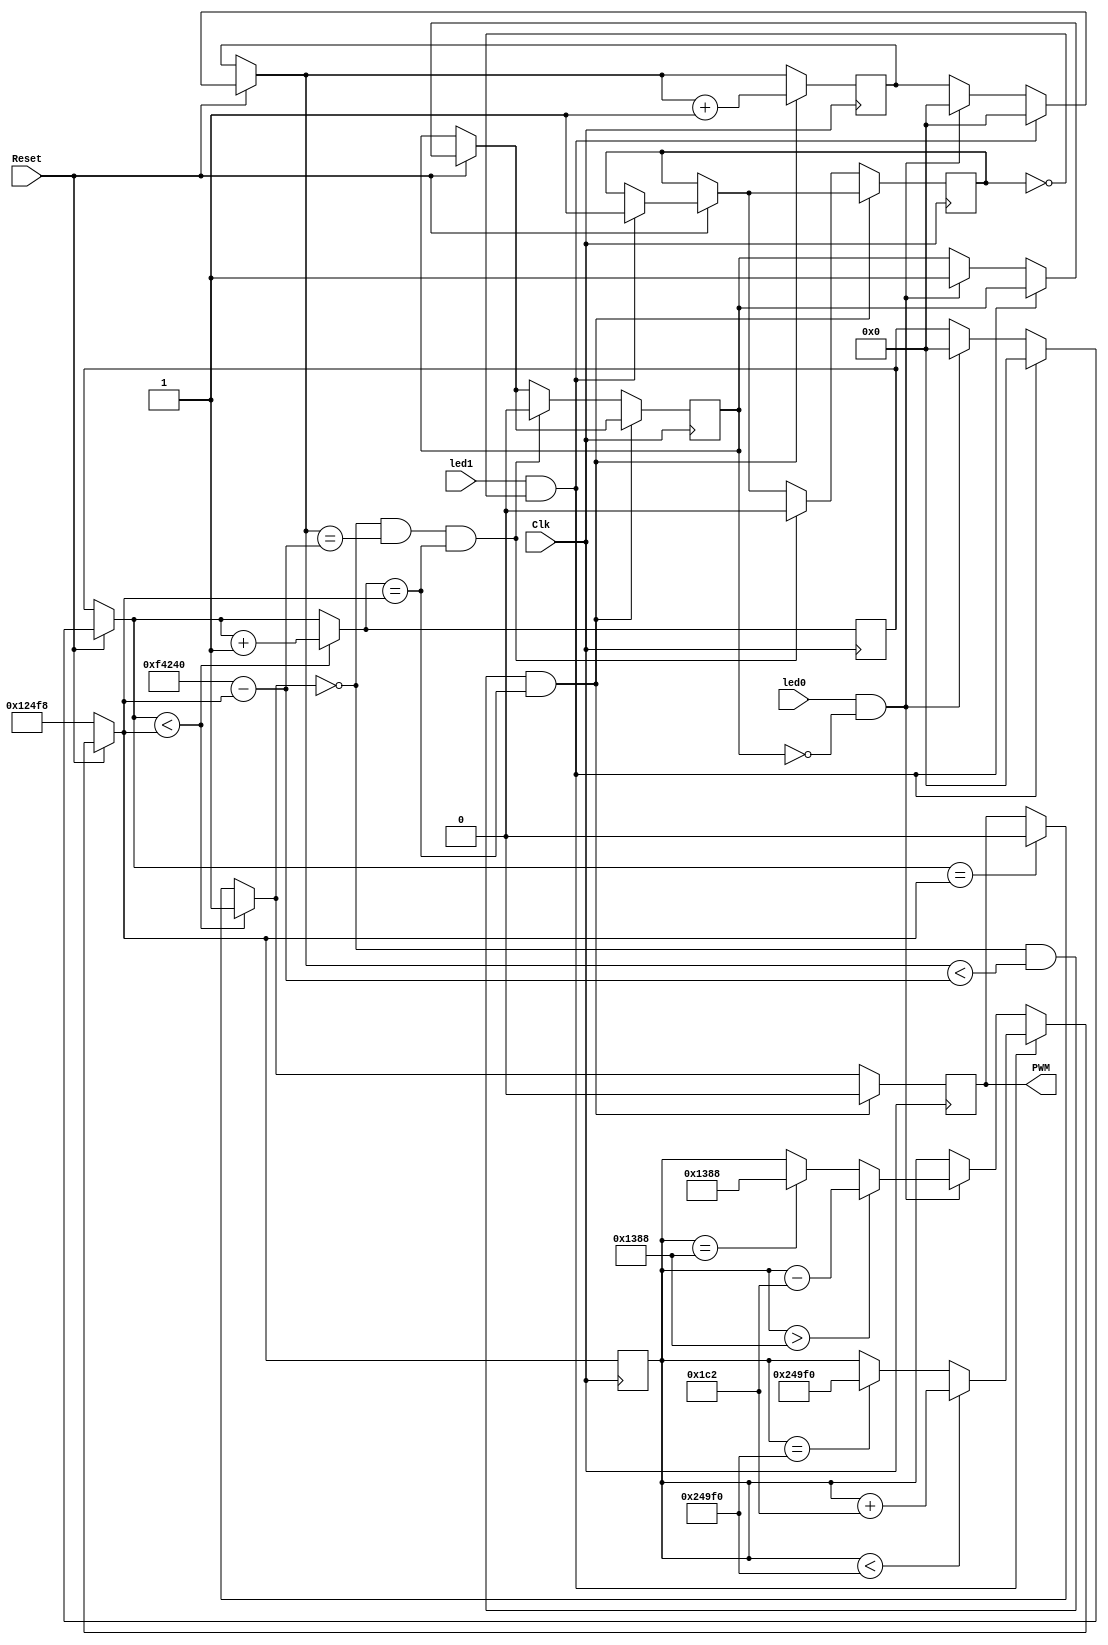
module SolarTracker(Clk,Reset,led0,led1,PWM);
input Clk;	//Clock signal
input Reset;	//Reset signal
input led0;		//Key 2
input led1;		//Key 1
output reg PWM;
reg[20:0] count1=20'd0;		//Dictates ON time
reg[20:0] count2=20'd0;		//Dictates OFF time
reg [20:0] counter1=20'd75000;
reg [20:0]counter2=20'd1000000;	//Corresponds to 20ms (Every 20ms a pulse needs to be applied)
reg detect1=0;
reg detect2=0;
always@(posedge(Clk) )
    begin
        if(Reset==0)
            begin
            counter1=20'd75000;
        end
        
        
            
            else if((led1==1) && detect1 ==0)    //increment
            begin
					count1=0;
					count2=0;
                if(counter1<20'd150000)        //180 degree. 2ms/20ns=100,000
                begin
                counter1=counter1 + 20'd450;        //1800 corresponds to 1 degree
                end
                else if(counter1==20'd150000)
                begin
                counter1=20'd150000;                //Settle to base position
                end

				detect1=1;
            end
           else if(led0==1 && detect2==0)            //Decrement
            begin
				count1=0;
					count2=0;
                if(counter1>20'd5000)    //0 degree
                begin
                counter1=counter1-20'd450;        // 1800 degree correspond to 1 degree
                end
                else if(counter1==20'd5000)
                begin
                counter1=20'd5000;
                end
				detect2=1;
            end

	if(count1<counter1)
    begin
    PWM=1;	//PWM should be high until ON time
    count1=count1+1;
    end
    else if(count1==counter1)
    begin
    PWM=0;	//PWM signal should be low when it hits OFF time 
    end
    if(PWM==0 && count2<(counter2-counter1)&& count1==counter1)
    begin
    PWM=0;
    count2=count2+1;
    end
	 else if(PWM ==0 && count2==(counter2-counter1) && count1==counter1)
	 begin
	 detect1=0;
	 detect2=0;
	 end
        
end


endmodule